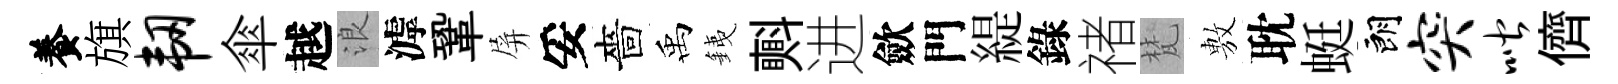
養旗韧傘越浪滹鞏屏妥嗇禹銕㪺进歛門緹錄禇梵𢾾耽蜓朗突喈儕